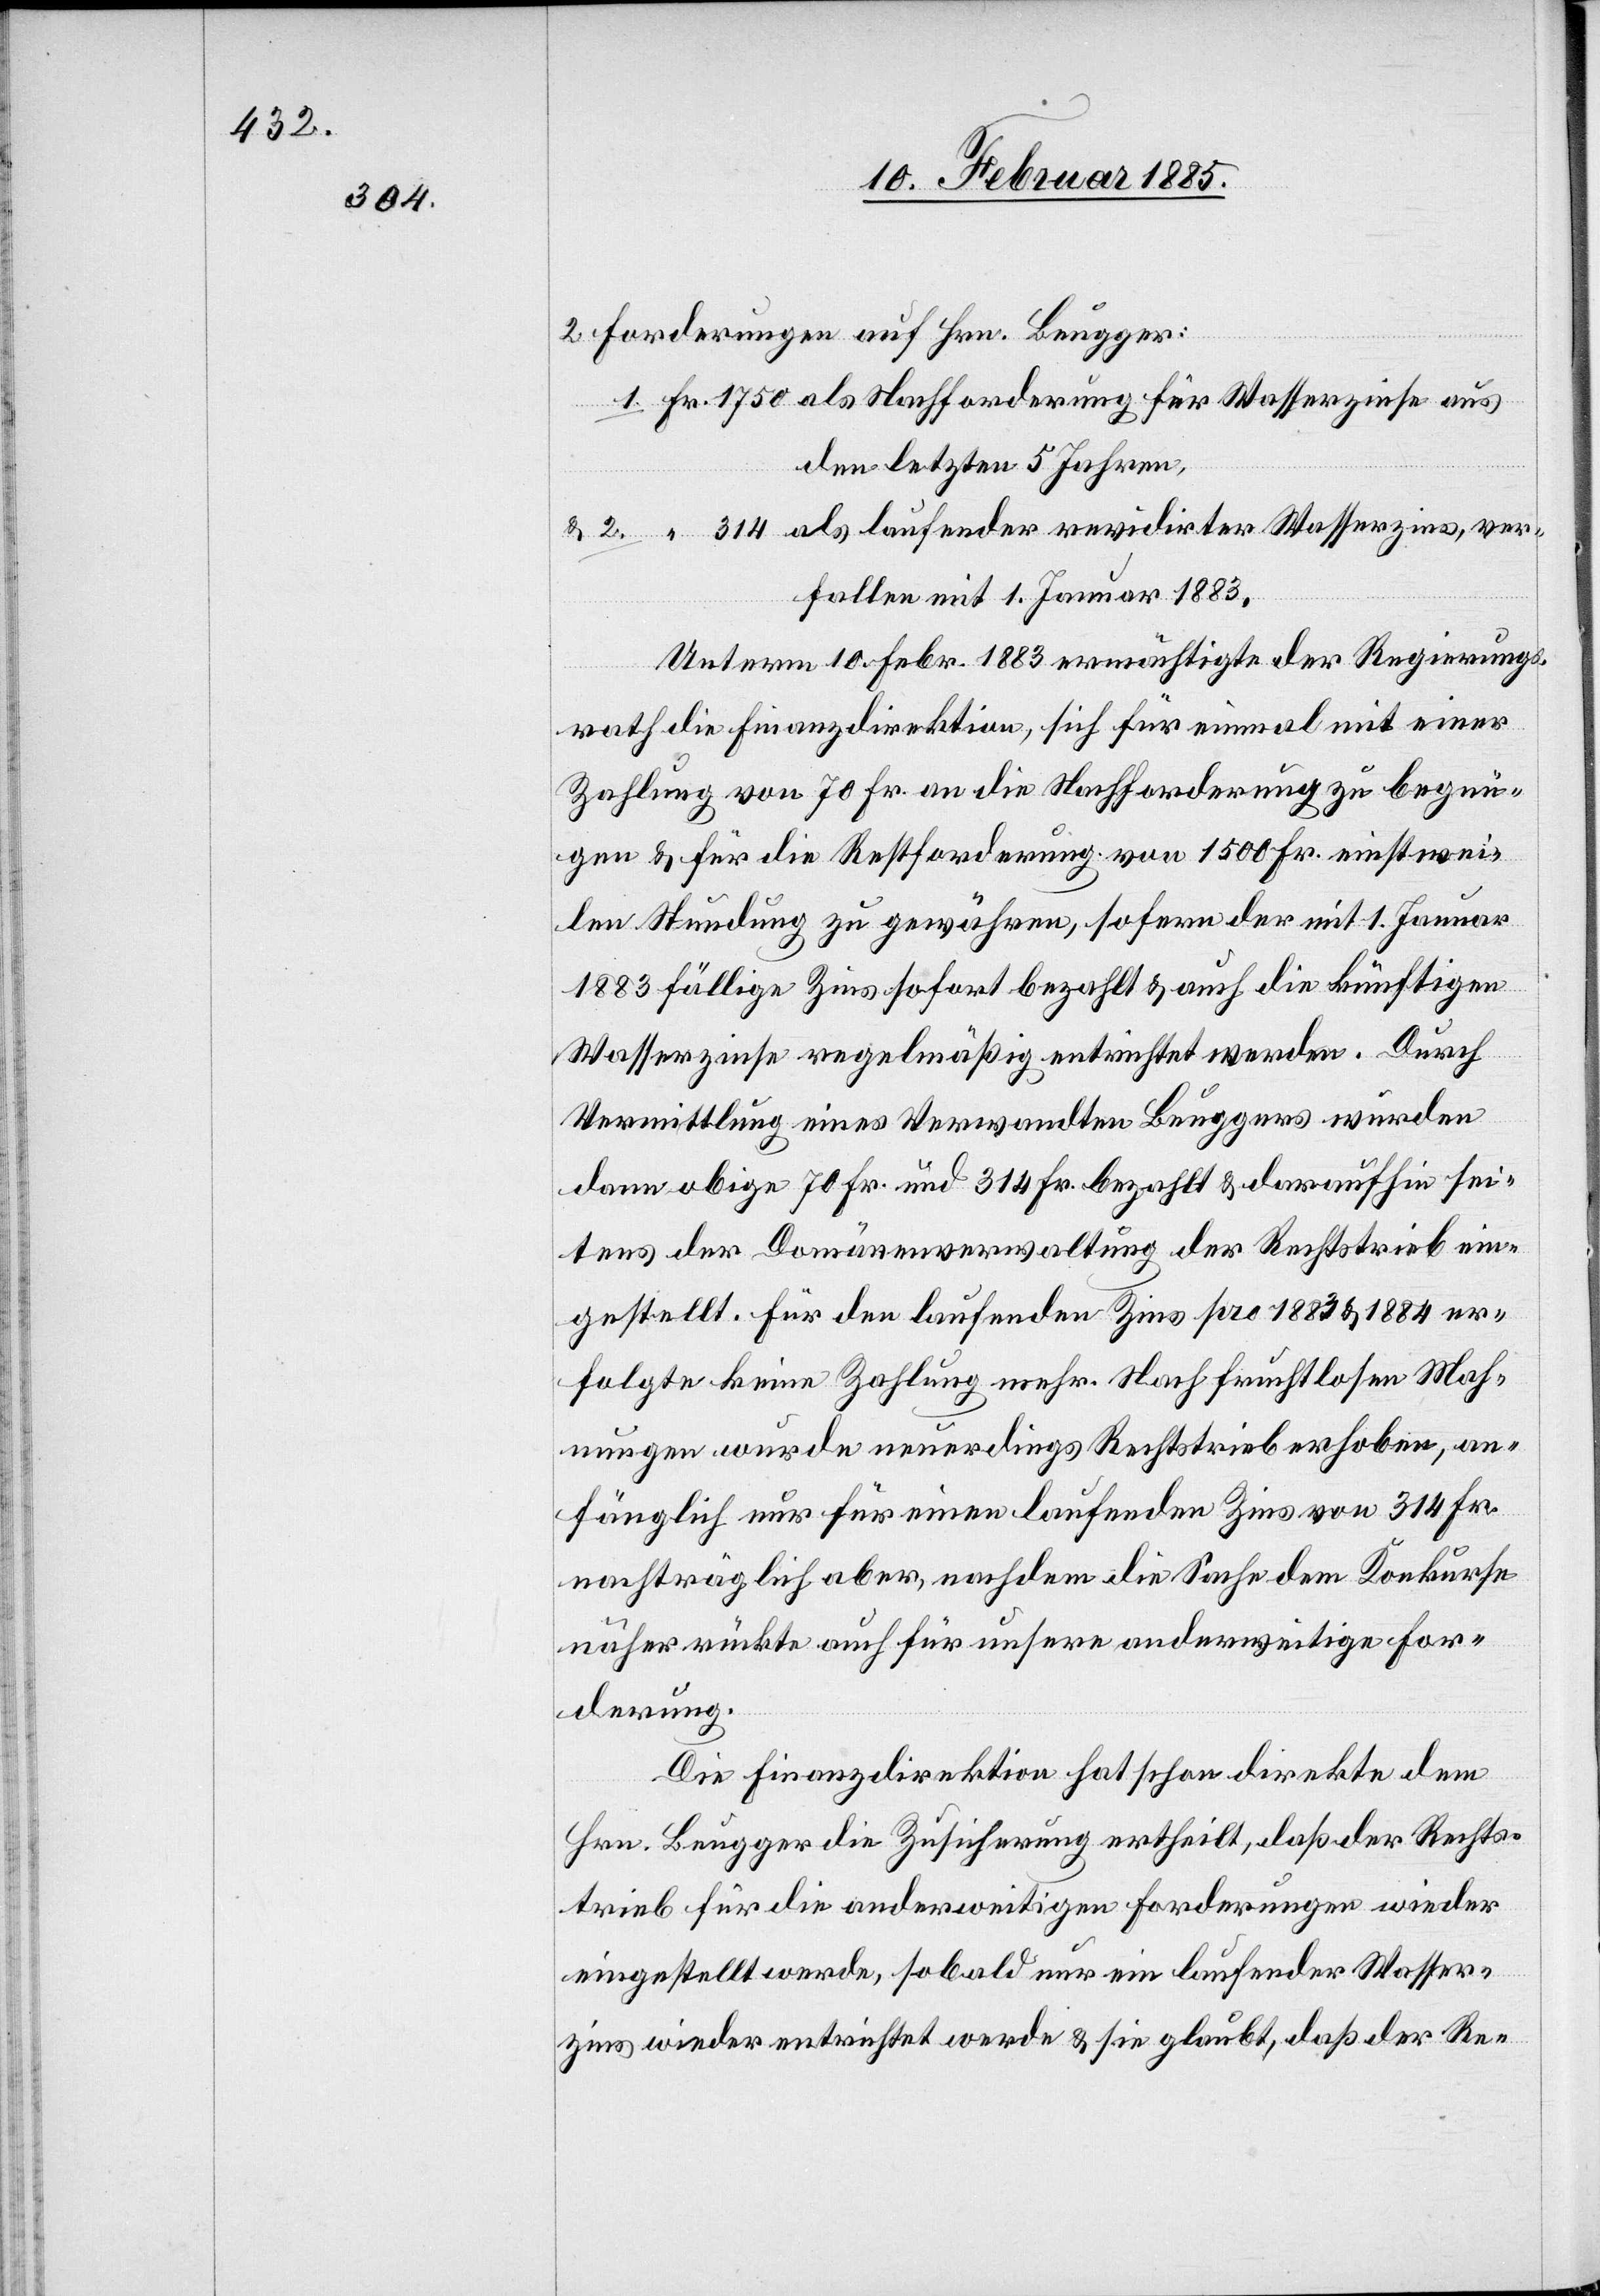
2 Forderungen auf Hrn. Beugger:
1. Fr. 1750 als Nachforderung für Wasserzinse aus
den letzten 5 Jahren,
2. “ 314 als laufender revidirter Wasserzins, ver¬
fallen mit 1. Januar 1883.
Unterm 10. Febr. 1883 ermächtigte der Regierungs¬
rath die Finanzdirektion, sich für einmal mit einer
Zahlung von 70 Fr. an die Nachforderung zu begnü¬
gen & für die Restforderung von 1500 Fr. einstwei¬
len Stundung zu gewähren, sofern der mit 1. Januar
1883 fällige Zins sofort bezahlt & auch die künftigen
Wasserzinse regelmäßig entrichtet werden. Durch
Vermittlung eines Verwandten Beuggers wurden
dann obige 70 Fr. und 314 Fr. bezahlt & daraufhin sei¬
tens der Domänenverwaltung der Rechtstrieb ein¬
gestellt. Für den laufenden Zins pro 1883 & 1884 er¬
folgte keine Zahlung mehr. Nach fruchtlosen Mah¬
nungen wurde neuerdings Rechtstrieb erhoben, an¬
fänglich nur für einen laufenden Zins von 314 Fr.
nachträglich aber, nachdem die Sache dem Konkurse
näher rückte auch für unsere anderweitige For¬
derung.
Die Finanzdirektion hat schon direkte dem
Hrn. Beugger die Zusicherung ertheilt, daß der Rechts¬
trieb für die anderweitigen Forderungen wieder
eingestellt werde, sobald nur ein laufender Wasser¬
zins wieder entrichtet werde & sie glaubt, daß der Re-